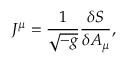
J ^ { \mu } = \frac { 1 } { \sqrt { - g } } \frac { \delta { \cal S } } { \delta A _ { \mu } } ,